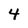
Character: 4